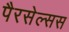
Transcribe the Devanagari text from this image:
पैरसेल्सस